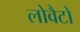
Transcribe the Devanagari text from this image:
लोवैटो